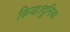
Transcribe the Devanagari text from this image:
किया।दुनिया